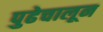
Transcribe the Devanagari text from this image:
पुढेचालून